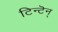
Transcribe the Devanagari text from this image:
टिन्टॆन्